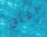
اغلق